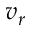
v _ { r }